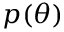
p ( \theta )